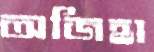
অজিহা